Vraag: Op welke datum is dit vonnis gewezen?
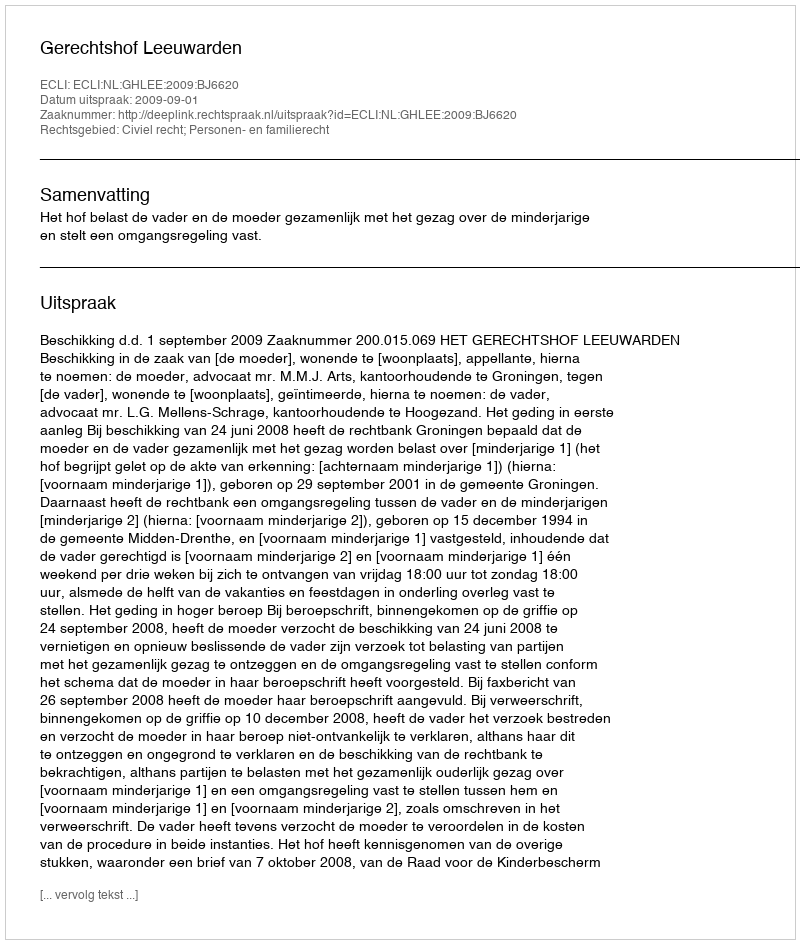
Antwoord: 2009-09-01